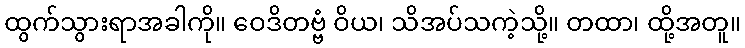
ထွက်သွားရာအခါကို။ ဝေဒိတဗ္ဗံ ဝိယ၊ သိအပ်သကဲ့သို့။ တထာ၊ ထို့အတူ။